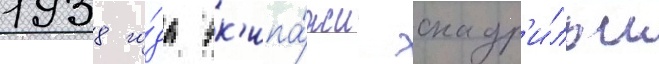
1938 го́да эк'ипа́жи эскадр'и́льи